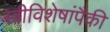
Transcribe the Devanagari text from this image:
स्त्रीविशेषांपैकी